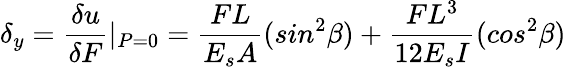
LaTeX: \delta{_y}=\frac{\delta{u}}{\delta{F}}\textbar{_{P=0}}=\frac{FL}{E_{s}A}(sin^{2}\beta)+\frac{FL^{3}}{12E_{s}I}(cos^{2}\beta)